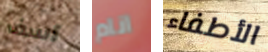
آسف انام الأطفاء